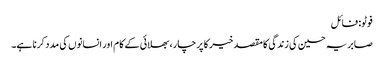
فوٹو: فائل
صابریہ حسین کی زندگی کا مقصد خیر کا پرچار، بھلائی کے کام اور انسانوں کی مدد کرنا ہے۔